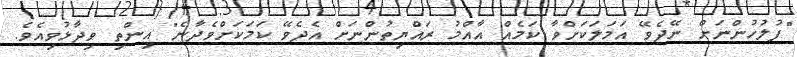
"ފުލުހުންނަށް ނޭދެވޭ އަމަލަކަށްވާ ކަމެއް އާއްމު ރައްޔިތުންނަށް އެދެވޭ ކަމަކަށްވެދާނެ" އިންތި ވިދާޅުވިއެވެ.